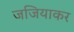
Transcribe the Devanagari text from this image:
जजियाकर